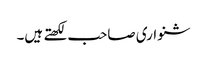
شنواری صاحب لکھتے ہیں۔